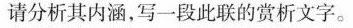
请分析其内涵，写一段此联的赏析文字。